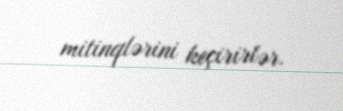
mitinqlərini keçirirlər.